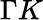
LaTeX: \Gamma K